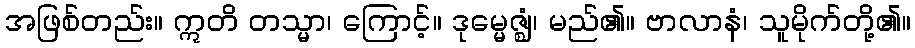
အဖြစ်တည်း။ ဣတိ တသ္မာ၊ ကြောင့်။ ဒုမ္မေဇ္ဈံ၊ မည်၏။ ဗာလာနံ၊ သူမိုက်တို့၏။